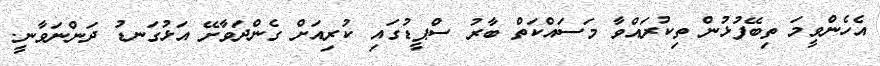
އެހެންވީމަ ތިބޭފުޅުން ތިކުރައްވާ މަސައްކަތް ބާރު ސްޕީޑުގައި ކުރިއަށް ގެންދަވާށޭ އަޅުގަނޑު ދަންނަވާނީ.